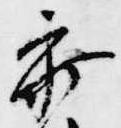
参